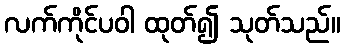
လက်ကိုင်ပဝါ ထုတ်၍ သုတ်သည်။